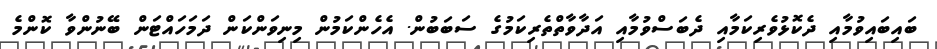
ބައިބައިވުމާއި ދެކޮޅުވެރިކަމާއި ދެބަސްވުމާއި އަދާވާތްތެރިކަމުގެ ސަބަބުން. އެހެންކަމުން މިނިވަންކަން ދަމަހައްޓަން ބޭނުންވާ ކޮންމެ